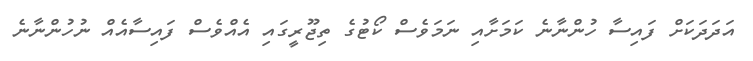
އަދަދަކަށް ފައިސާ ހުންނާނެ ކަމަށާއި ނަމަވެސް ކޯޓުގެ ތިޖޫރީގައި އެއްވެސް ފައިސާއެއް ނުހުންނާނެ